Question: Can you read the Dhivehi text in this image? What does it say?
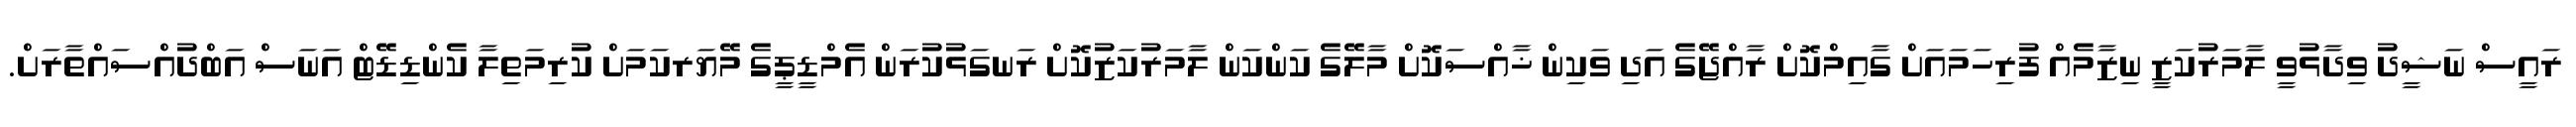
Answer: ރައީސް ނަޝީދު ވިދާޅުވީ ލާމަރުކަޒީ ނިޒާމެއް ފުރިހަމައަށް ގާއިމްކޮށް ރާއްޖޭގެ އަދި ވަކިން ޚާއްސަކޮށް މާލޭގެ ކަންކަން ލާމަރުކަޒުކޮށް ރަނގަޅުކުރަން އެމްޑީޕީގެ މޭޔަރކަމަށް ކުރިމަތިލާ ކެންޑިޑޭޓް އަނަސް އަބްދުއްސައްތާރަށް.